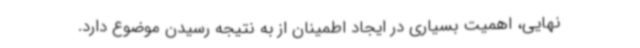
نهایی، اهمیت بسیاری در ایجاد اطمینان از به نتیجه رسیدن موضوع دارد.